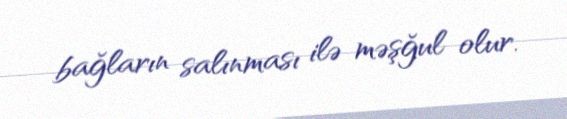
bağların salınması ilə məşğul olur.